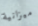
ميزانية